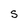
Character: S